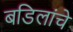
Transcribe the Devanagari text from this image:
बडिलांचे